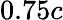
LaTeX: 0.75c